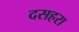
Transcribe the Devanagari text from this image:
दसहरा